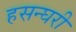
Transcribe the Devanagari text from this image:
हसन्घरी